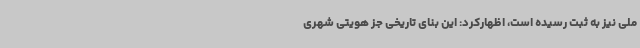
ملی نیز به ثبت رسیده است، اظهارکرد: این بنای تاریخی جز هویتی شهری